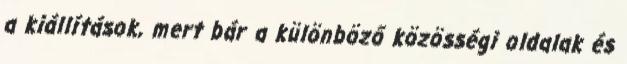
a kiállítások, mert bár a különböző közösségi oldalak és